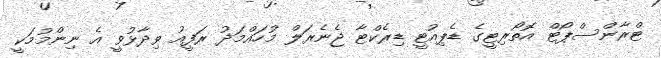
ޓްރާންސްޕޯޓް އޮތޯރިޓީގެ ޑެޕިއުޓީ ޑިރެކްޓާ ޖެނެރަލް މުހައްމަދު ރަފީއު ވިދާޅުވީ އެ ނިންމުމަކީ